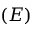
( E )